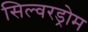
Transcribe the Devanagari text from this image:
सिल्वरड्रोम